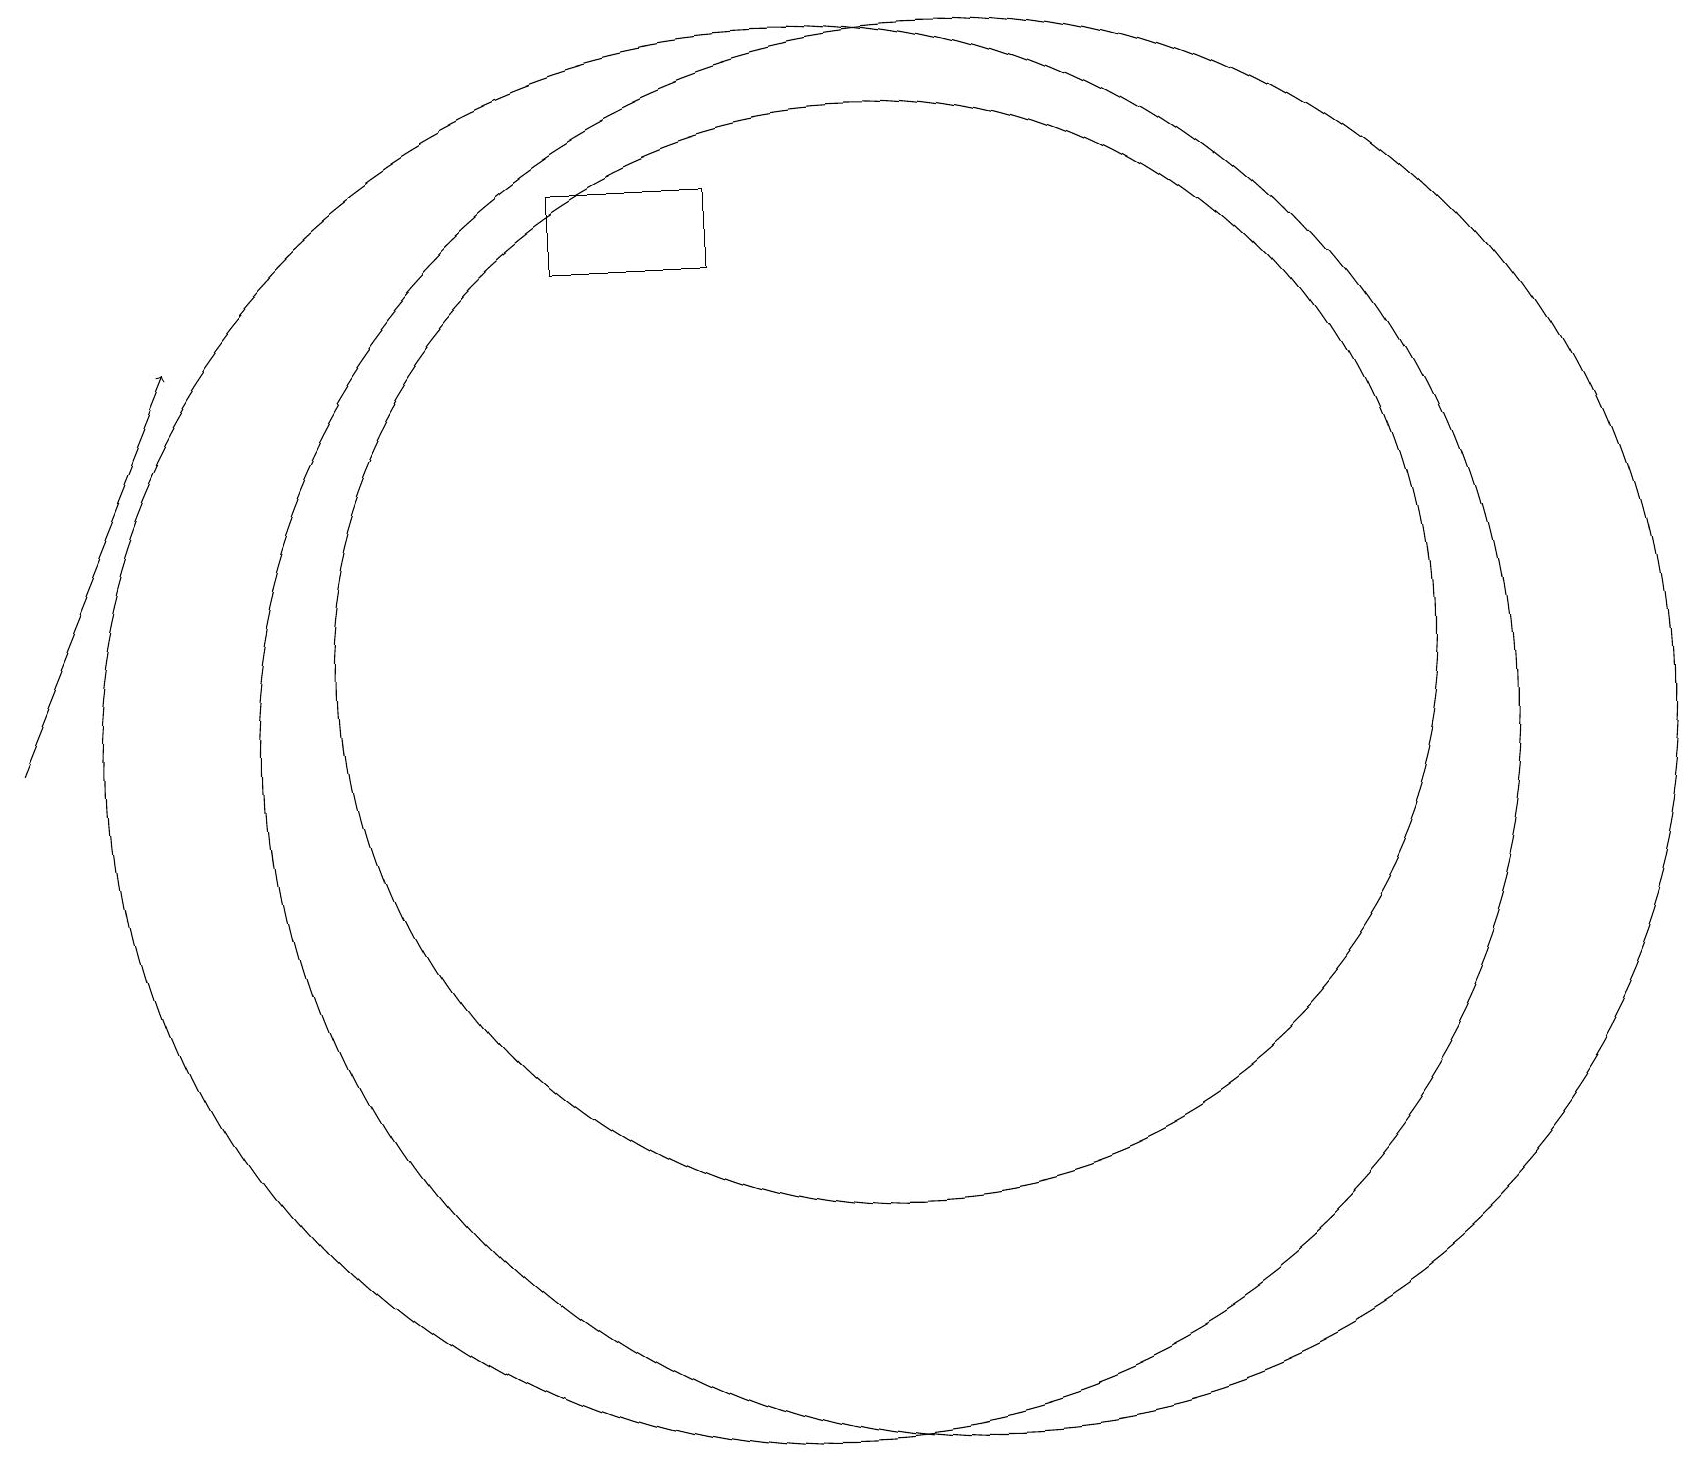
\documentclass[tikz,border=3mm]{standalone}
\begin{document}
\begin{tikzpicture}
\draw (11,11) circle (7);
\draw (10,10) circle (9);
\draw[->] (0,10) -- (2,15);
\draw (7,17) rectangle (9,16);
\draw (12,10) circle (9);
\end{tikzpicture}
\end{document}